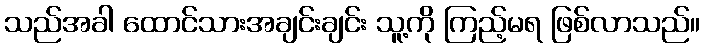
သည်အခါ ထောင်သားအချင်းချင်း သူ့ကို ကြည့်မရ ဖြစ်လာသည်။